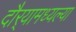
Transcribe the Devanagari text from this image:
दौर्‍यामध्यल्या